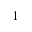
1